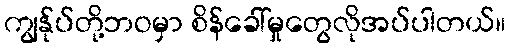
ကျွန်ုပ်တို့ဘဝမှာ စိန်ခေါ်မှုတွေလိုအပ်ပါတယ်။